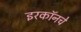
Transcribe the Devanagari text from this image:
इरकॉनचे